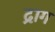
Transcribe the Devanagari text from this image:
द्राग